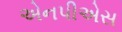
એનપીએસ